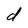
Character: d